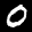
Label: 0